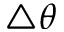
\triangle \theta